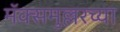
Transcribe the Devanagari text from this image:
मॅक्समुल्लरच्या